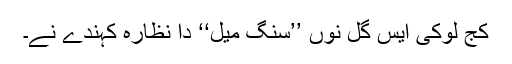
کُج لوکی ایس گل نوں ’’سنگِ میل‘‘ دا نظارہ کہندے نے۔